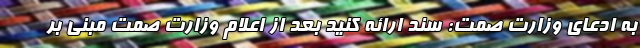
به ادعای وزارت صمت: سند ارائه کنید بعد از اعلام وزارت صمت مبنی بر